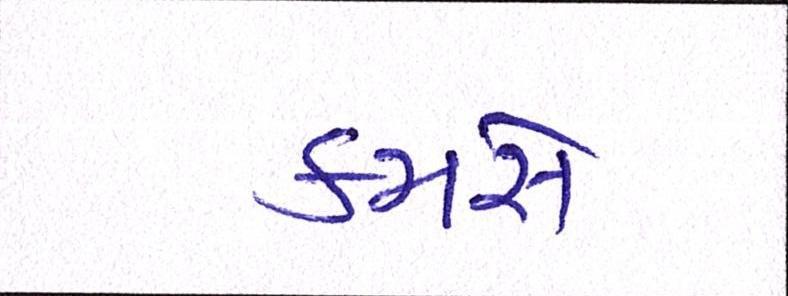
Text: કમસે